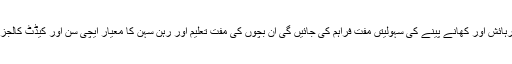
ان بچوں کو تعلیم، رہائش اور کھانے پینے کی سہولیتں مفت فراہم کی جائیں گی ان بچوں کی مفت تعلیم اور رہن سہن کا معیار ایچی سن اور کیڈٹ کالجز کے مساوی ہو گا۔